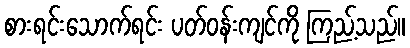
စားရင်းသောက်ရင်း ပတ်ဝန်းကျင်ကို ကြည့်သည်။